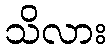
သိလား